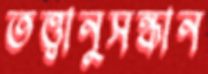
তত্ত্বানুসন্ধান